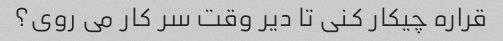
قراره چیکار کنی تا دیر وقت سر کار می روی؟